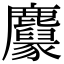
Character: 𪋱